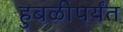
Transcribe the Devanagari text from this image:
हुबळीपर्यंत